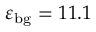
\varepsilon _ { \mathrm { { b g } } } = 1 1 . 1